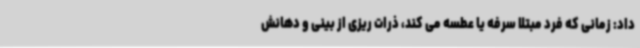
داد: زمانی که فرد مبتلا سرفه یا عطسه می کند، ذرات ریزی از بینی و دهانش